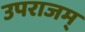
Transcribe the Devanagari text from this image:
उपराजम्